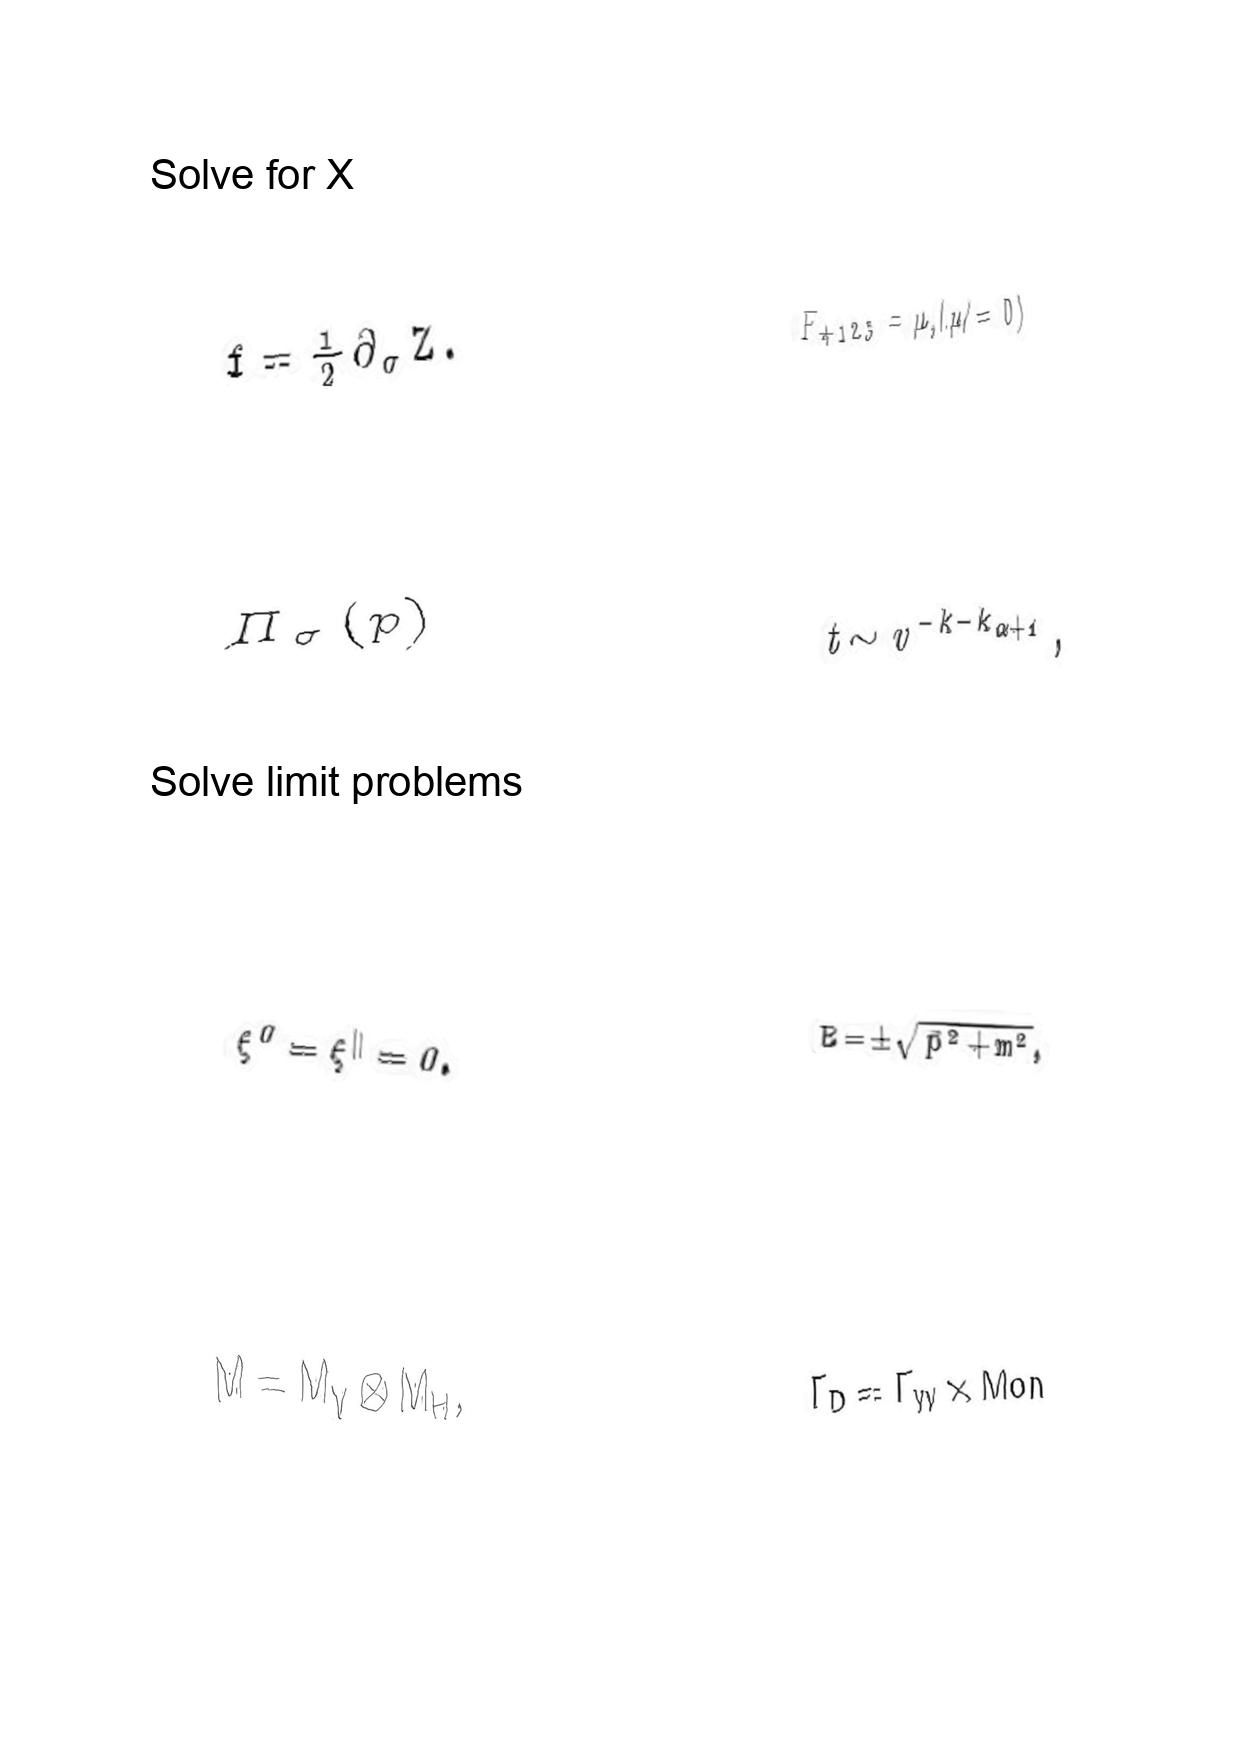
LaTeX transcription:
f = \frac { 1 } { 2 } \partial _ { \sigma } Z .
\Pi _ { \sigma } \lparen p \rparen
\xi ^ { 0 } = \xi ^ { \parallel } = 0 .
M = M _ { V } \otimes M _ { H } ,
F _ { + 1 2 3 } = \mu , \lparen \mu \neq 0 \rparen
t \sim v ^ { - k - k _ { \alpha + 1 } } ,
E = \pm \sqrt { \vec { p } ^ { 2 } + m ^ { 2 } } ,
\Gamma _ { D } = \Gamma _ { W } \times M o n